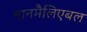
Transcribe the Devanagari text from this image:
नानमैलिएबल